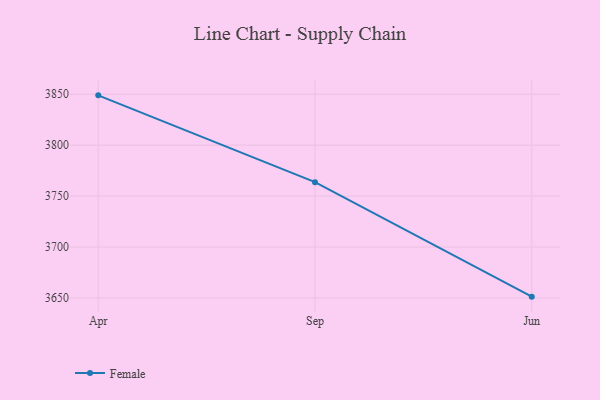
{"axis": {"x": "Month", "y": "Revenue (USD Million)"}, "legend": ["Female"], "data": [{"x": "Apr", "y": 3848.9, "type": "Female"}, {"x": "Sep", "y": 3763.7, "type": "Female"}, {"x": "Jun", "y": 3651.3, "type": "Female"}]}